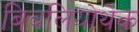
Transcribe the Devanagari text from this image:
बिबलियोथेक